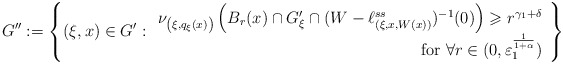
\begin{align*}G '' := \left\{ ( \xi ,x ) \in G ' : \begin{array}{r}\nu _{\left( \xi, q _\xi (x) \right)} \left( B _r (x) \cap G ' _\xi \cap ( W - \ell ^{ss} _{(\xi, x, W(x))} ) ^{-1} (0) \right) \geqslant r ^{ \gamma _1 + \delta } \\\mbox{ for } \forall r \in ( 0 , \varepsilon _1 ^{\frac{1}{1 + \alpha}} )\end{array} \right\}\end{align*}